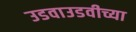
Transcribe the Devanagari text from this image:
उडवाउडवीच्या